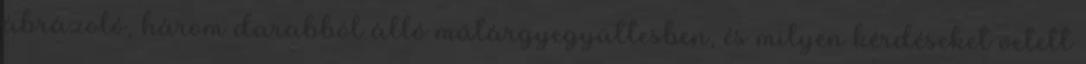
ábrázoló, három darabból álló műtárgyegyüttesben, és milyen kérdéseket vetett